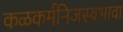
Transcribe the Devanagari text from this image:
कळकर्मनिजस्वभावा